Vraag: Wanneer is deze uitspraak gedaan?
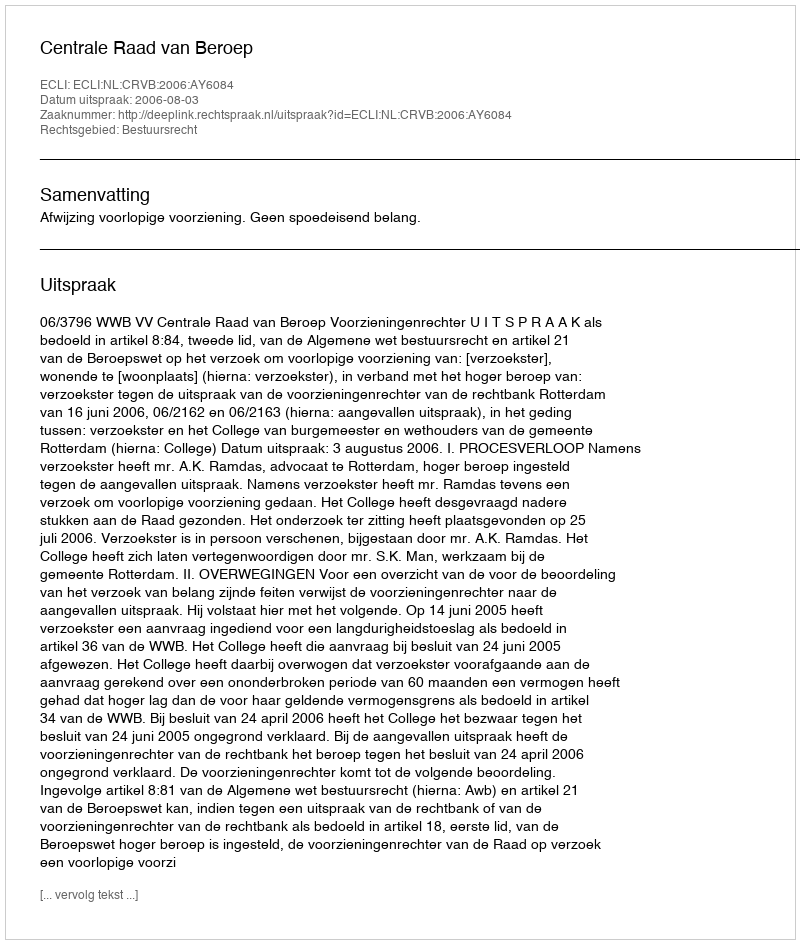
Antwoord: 2006-08-03